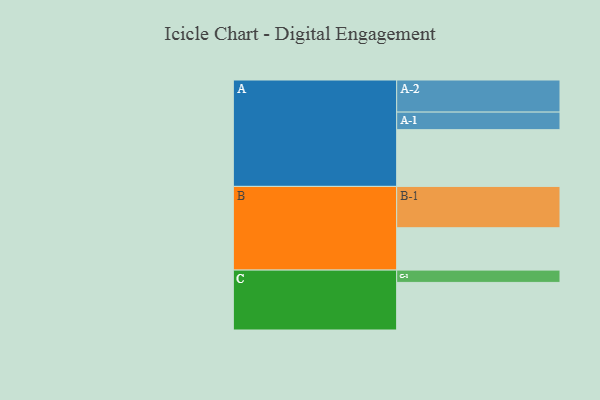
{"axis": {"x": "Segment", "y": "Value"}, "legend": ["", "A", "B", "C"], "data": [{"x": "A", "y": 410, "type": ""}, {"x": "B", "y": 306, "type": ""}, {"x": "C", "y": 344, "type": ""}, {"x": "A-1", "y": 127, "type": "A"}, {"x": "A-2", "y": 232, "type": "A"}, {"x": "B-1", "y": 299, "type": "B"}, {"x": "C-1", "y": 89, "type": "C"}]}